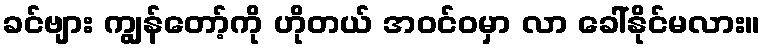
ခင်ဗျား ကျွန်တော့်ကို ဟိုတယ် အဝင်ဝမှာ လာ ခေါ်နိုင်မလား။